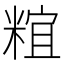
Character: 𥺥